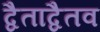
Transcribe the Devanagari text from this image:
द्वैताद्वैतव